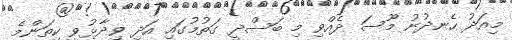
މިއަދު ހެނދުނު މޫސަ ދެއްވި މި ބަސްދީ ގަތުމުގައި އަދި ވިދާޅުވީ ކިތަންމެ